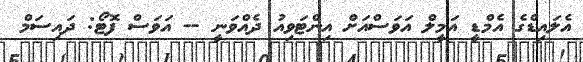
އެލައިޑްގެ އެމްޑީ އަމީލް އަވަސްއަށް އިންޓަވިއު ދެއްވަނީ -- އަވަސް ފޮޓޯ: ދައިސަމް